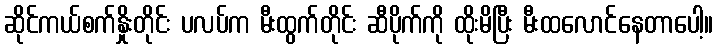
ဆိုင်ကယ်စက်နှိုးတိုင်း ပလပ်က မီးထွက်တိုင်း ဆီပိုက်ကို ထိုးမိပြီး မီးထလောင်နေတာပေါ့။